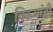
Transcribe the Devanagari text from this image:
विरुमांडी